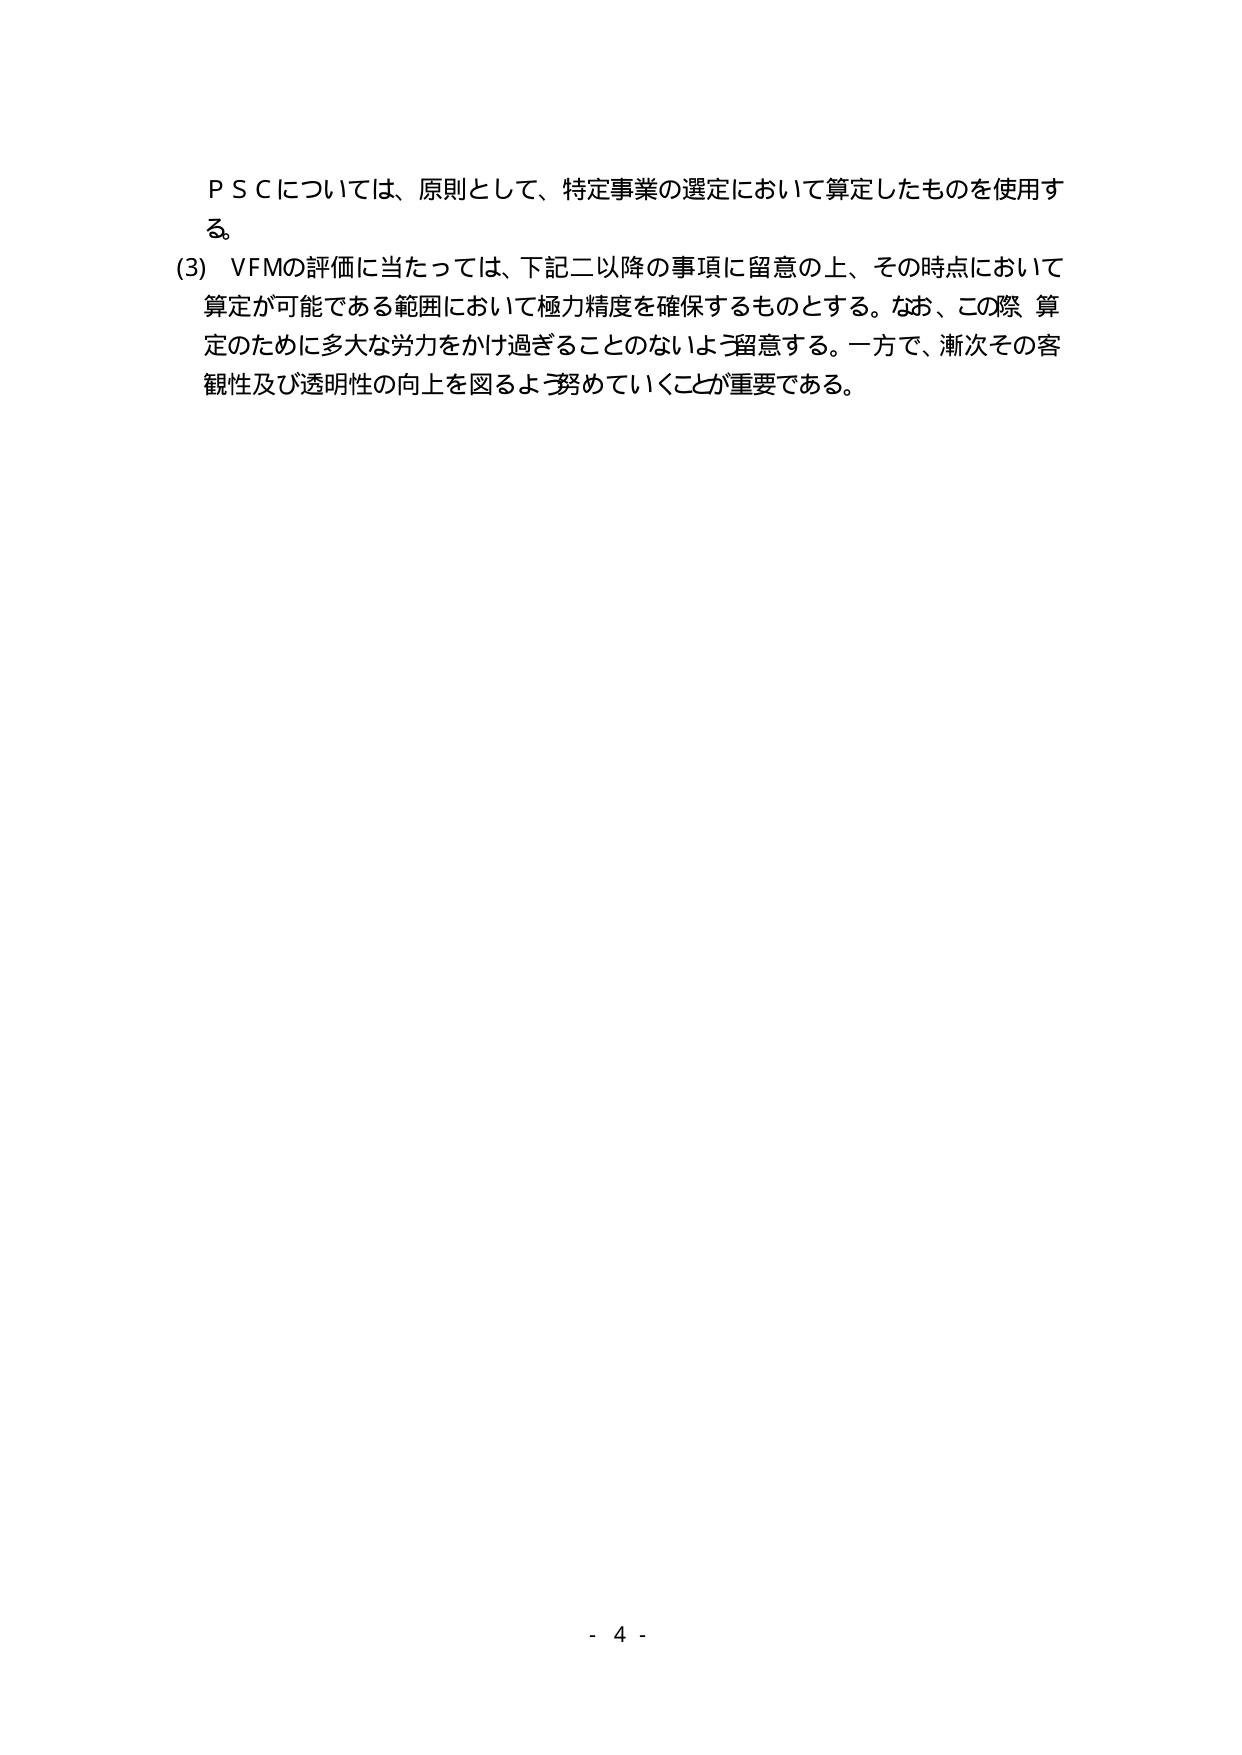
ＰＳＣについては、原則として、特定事業の選定において算定したものを使用する。

(3)　VFMの評価に当たっては、下記二以降の事項に留意の上、その時点において算定が可能である範囲において極力精度を確保するものとする。なお、この際 算定のために多大な労力をかけ過ぎることのないよう留意する。一方で、漸次その客観性及び透明性の向上を図るよう努めていくことが重要である。

- 4 -